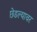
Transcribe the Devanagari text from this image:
छेडल्यावर